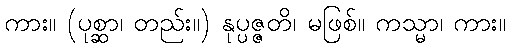
ကား။ (ပုစ္ဆာ၊ တည်း။) နုပ္ပဇ္ဇတိ၊ မဖြစ်။ ကသ္မာ၊ ကား။